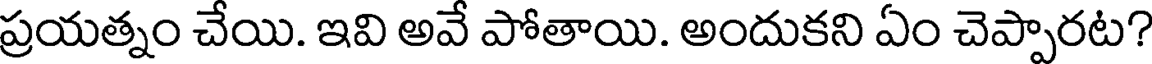
ప్రయత్నం చేయి. ఇవి అవే పోతాయి. అందుకని ఏం చెప్పారట?